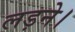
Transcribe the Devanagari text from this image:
लड़ने।